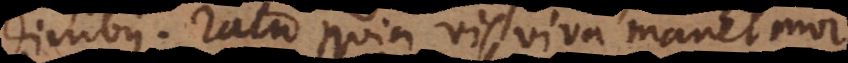
dinibus. Ratio quia vis viva manet mor